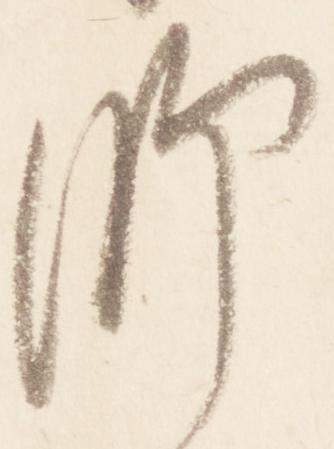
師